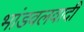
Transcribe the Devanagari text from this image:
भांडवलवादी